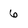
Character: 6